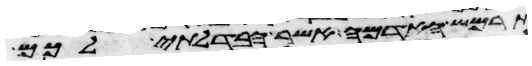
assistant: תרמש האדמה אשר הבדלתי לכם